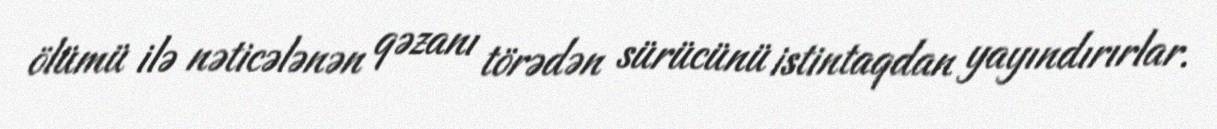
ölümü ilə nəticələnən qəzanı törədən sürücünü istintaqdan yayındırırlar.